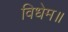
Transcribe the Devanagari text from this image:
विधेम॥